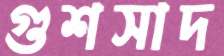
গুশসাদ